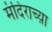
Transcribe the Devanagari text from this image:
मंदिराच्य़ा